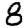
Digit: 8